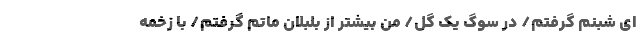
ای شبنم گرفتم/ در سوگ یک گل/ من بیشتر از بلبلان ماتم گرفتم/ با زخمه